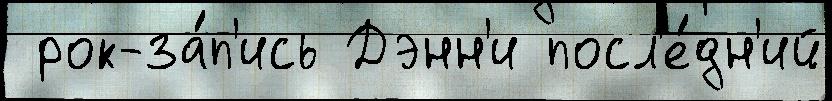
 рок-за́п'ись Дэнн'и посл'е́дн'ий